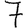
Digit: 7